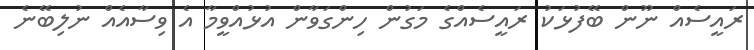
ރައީސެއް ނޫން ބޭފުޅަކު ރައީސެއްގެ މަގުން ހިންގަވާން އުޅުއްވީމާ އެ ވިސާއެއް ނުލިބޭނެ